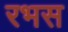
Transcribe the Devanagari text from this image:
रभस